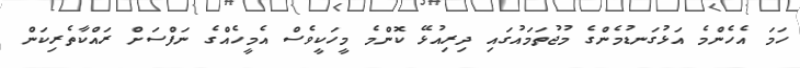
ހަމަ އެހެންމެ އަޅުގަނޑުމެންގެ މުޖުތަމައުގައި ދިރިއުޅޭ ކޮންމެ މީހަކީވެސް އެމީހެއްގެ ނަފްސަށް ރައްކާތެރިކަން